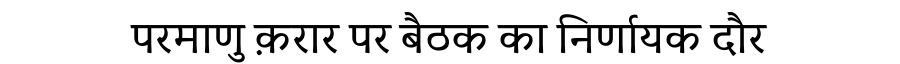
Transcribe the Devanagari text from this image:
परमाणु क़रार पर बैठक का निर्णायक दौर